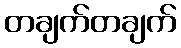
တချက်တချက်